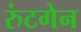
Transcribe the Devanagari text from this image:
रुंटगेन